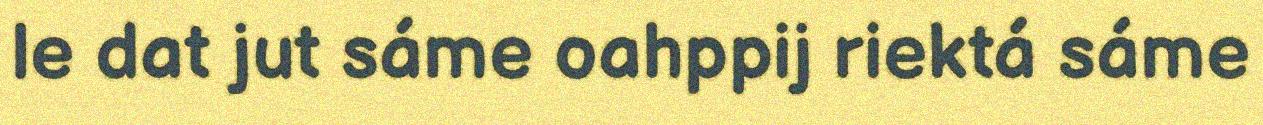
le dat jut sáme oahppij riektá sáme